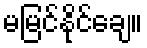
မမြင်နိုင်ချေ။